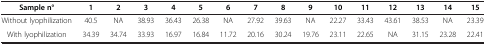
<table><thead><tr><td><b>Sample n°</b></td><td><b>1</b></td><td><b>2</b></td><td><b>3</b></td><td><b>4</b></td><td><b>5</b></td><td><b>6</b></td><td><b>7</b></td><td><b>8</b></td><td><b>9</b></td><td><b>10</b></td><td><b>11</b></td><td><b>12</b></td><td><b>13</b></td><td><b>14</b></td><td><b>15</b></td></tr></thead><tbody><tr><td>Without lyophilization</td><td>40.5</td><td>NA</td><td>38.93</td><td>36.43</td><td>26.38</td><td>NA</td><td>27.92</td><td>39.63</td><td>NA</td><td>22.27</td><td>33.43</td><td>43.61</td><td>38.53</td><td>NA</td><td>23.39</td></tr><tr><td>With lyophilization</td><td>34.39</td><td>34.74</td><td>33.93</td><td>16.97</td><td>16.84</td><td>11.72</td><td>20.16</td><td>30.24</td><td>19.76</td><td>23.11</td><td>22.65</td><td>NA</td><td>31.15</td><td>23.28</td><td>22.41</td></tr></tbody></table>